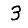
Digit: 3